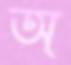
অ্